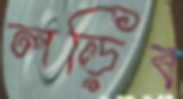
লড়িব